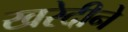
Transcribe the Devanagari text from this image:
खरेदीने